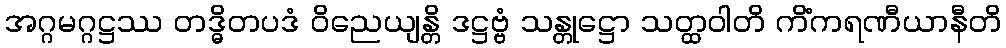
အဂ္ဂမဂ္ဂဋ္ဌဿ တဒ္ဓိတပဒံ ဝိညေယျန္တိ ဒဋ္ဌဗ္ဗံ သန္တုဋ္ဌော သတ္ထဝါတိ ကိံကရဏီယာနီတိ